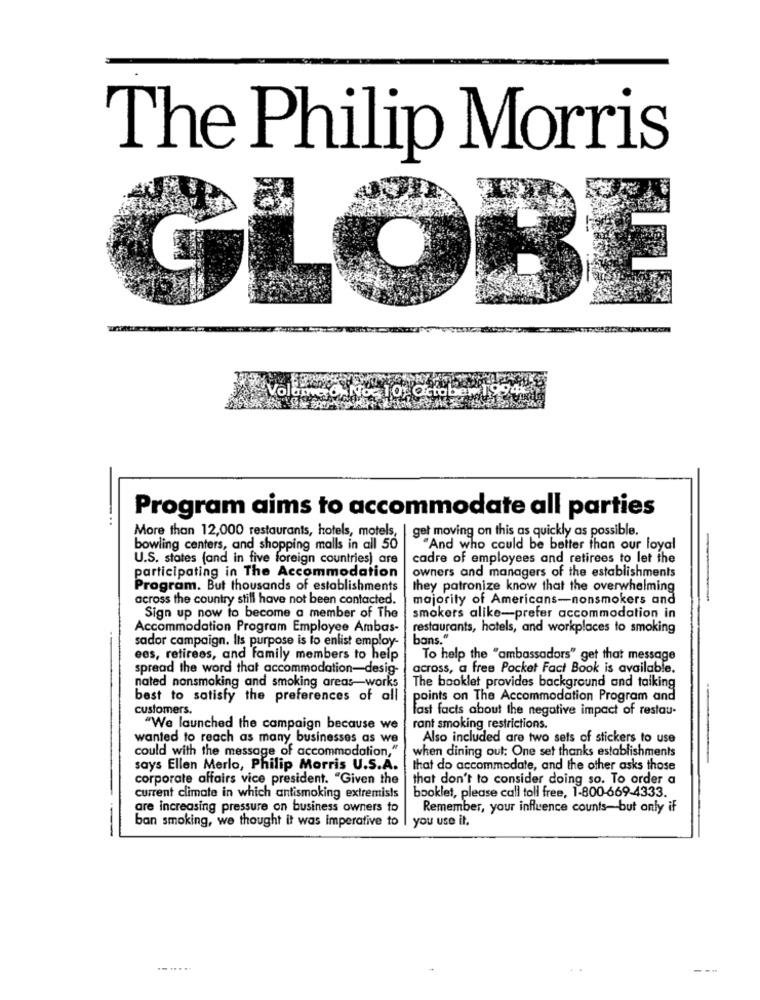
The Philip Morris
GLOBE
Program aims to accommodate all parties
More than 12,000 restaurants, hotels, motels, | get moving on this as quickly as possible.
bowling centers, and shopping malls in all 50
"And who could be better than our loyal
U.S. states (and in five foreign countries) are
cadre of employees and retirees to let the
participating in The Accommodation
owners and managers of the establishments
Program. But thousands of establishments
they patronize know that the overwhelming
across the country still have not been contacted.
majority of Americans-nonsmokers and
Sign up now to become a member of The
smokers alike-prefer accommodation in
Accommodation Program Employee Ambas-
restaurants, hotels, and workplaces to smoking
sador campaign. Its purpose is to enlist employ-
bons."
ees, retirees, and family members to help
To help the "ambassadors" get that message
spread the word that accommodation-desig-
across, a free Pocket Fact Book is available.
nated nonsmoking and smoking areas-works
The booklet provides background and talking
best to satisfy the preferences of all
points on The Accommodation Program and
customers.
fast facts about the negative impact of restau-
"We launched the campaign because we
rant smoking restrictions.
wanted to reach as many businesses as we
Also included are two sets of stickers to use
could with the message of accommodation,"
when dining out: One set thanks establishments
says Ellen Merlo, Philip Morris U.S.A.
that do accommodate, and the other asks those
corporate affairs vice president. "Given the
that don't to consider doing so. To order a
booklet, please call toll free, 1-800-669-4333.
current climate in which antismoking extremists
are increasing pressure on business owners to
Remember, your influence counts-but only if
ban smoking, we thought it was imperative to
I you use it.